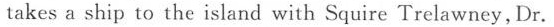
takes a ship to the island with Squire Trelawney,Dr.